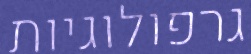
גרפולוגיות